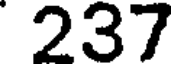
237